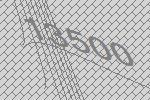
13500